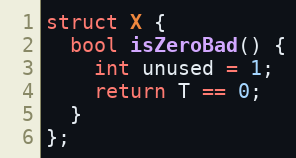
Language: C++
struct X {
  bool isZeroBad() {
    int unused = 1;
    return T == 0;
  }
};